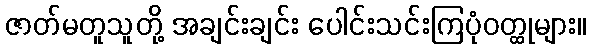
ဇာတ်မတူသူတို့ အချင်းချင်း ပေါင်းသင်းကြပုံဝတ္ထုများ။